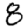
Digit: 8